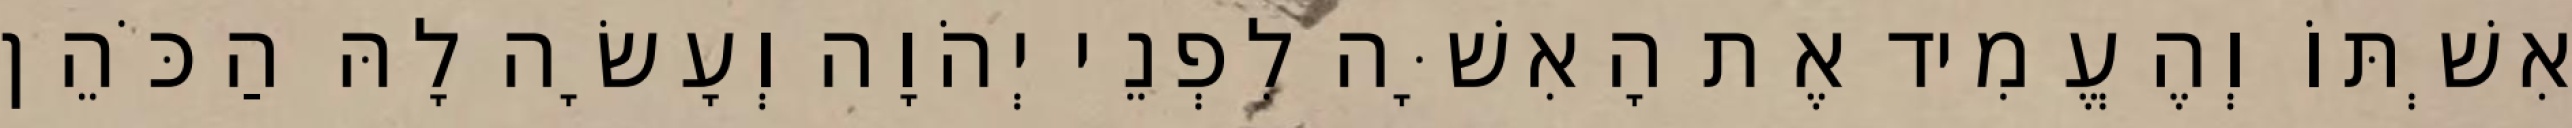
אִשְׁתּוֹ וְהֶעֱמִיד אֶת הָאִשָּׁה לִפְנֵי יְהֹוָה וְעָשָׂה לָהּ הַכֹּהֵן